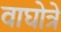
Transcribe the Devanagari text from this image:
वाघोत्रे